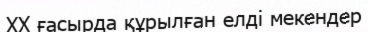
XX ғасырда құрылған елді мекендер